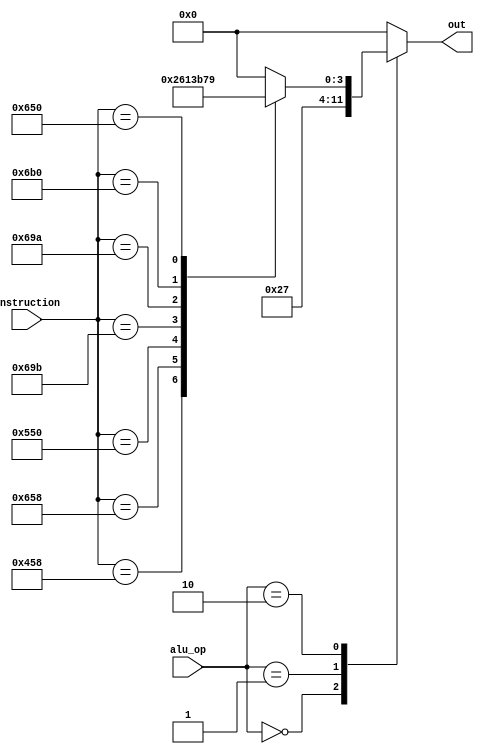
module alu_control(alu_op, instruction, out);
  
  input [1:0] alu_op; 
  input [10:0] instruction;
  output [3:0] out;
  reg [3:0] out;

  always @(alu_op or instruction) begin
    
    case (alu_op)
      2'b00 : out = 4'b0010; //LDUR and STUR
      2'b01 : out = 4'b0111; //CBZ CBNZ B and BL
      2'b10 : begin
       
				case (instruction)
				  11'b10001011000 : out = 4'b0010; //ADD
				  11'b11001011000 : out = 4'b0110; //SUB
				  11'b10001010000 : out = 4'b0000; //AND
				  11'b10101010000 : out = 4'b0001; //ORR
				  11'b11010011011 : out = 4'b0011; //LSL
				  11'b11010011010 : out = 4'b1011; //LSR
				  11'b11010110000 : out = 4'b0111; //BR
				  11'b11001010000 : out = 4'b1001; //EOR
				  default : out = 0;
				endcase
        
			  end
		default: out = 0;
    endcase
    
  end
  
endmodule